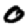
Digit: 0